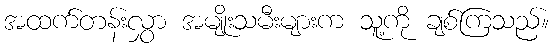
အထက်တန်းလွှာ အမျိုးသမီးများက သူ့ကို ချစ်ကြသည်။